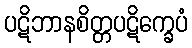
ပဋိဘာနစိတ္တပဋိက္ခေပံ